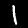
Digit: 1